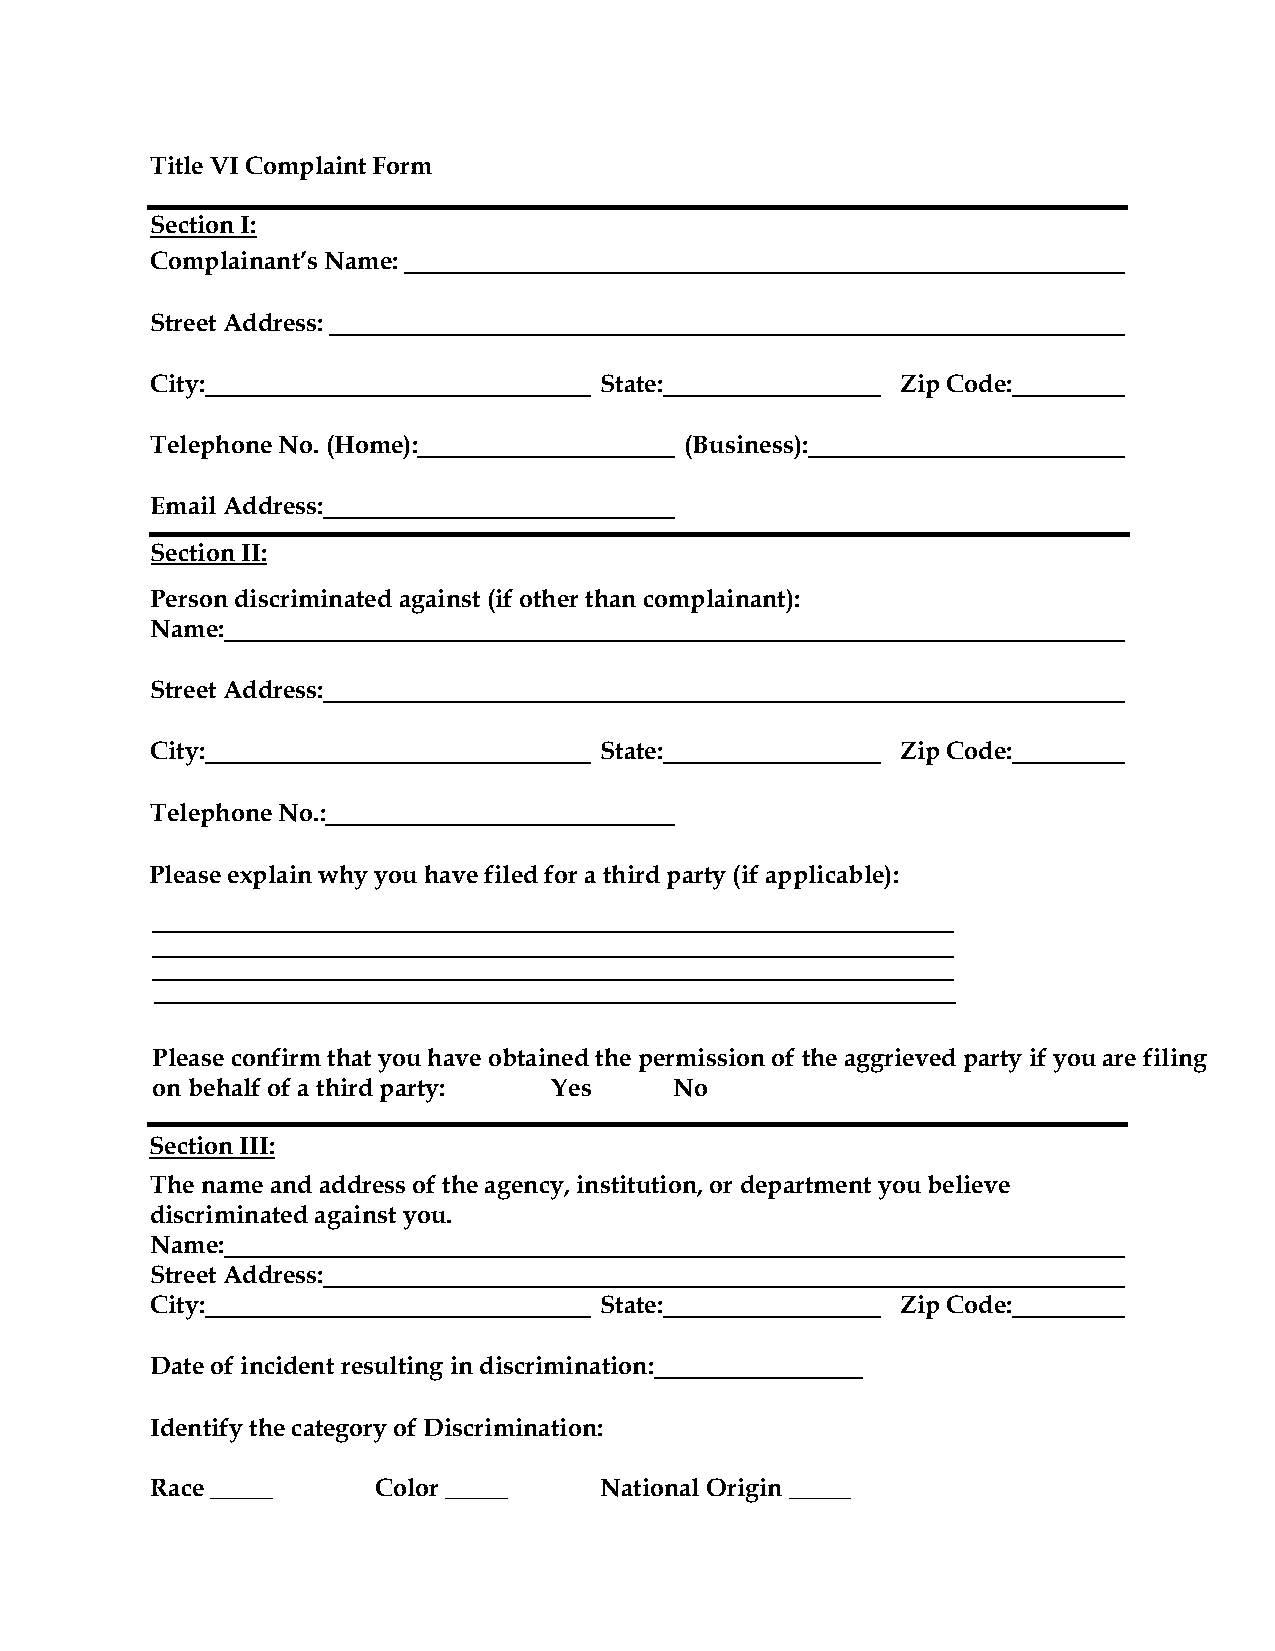
Title VI Complaint Form
 Section I:
 Complainant’s Name:
 Street Address:
 City:                         State:              Zip Code:
 Telephone No. (Home):              (Business):
 Email Address:
 Section II:
 Person discriminated against (if other than complainant):
 Name:
 Street Address:
 City:                         State:              Zip Code:
 Telephone No.:
 Please explain why you have filed for a third party (if applicable):
 Please confirm that you have obtained the permission of the aggrieved party if you are filing
 on behalf of a third party: Yes    No
 Section III:
 The name and address of the agency, institution, or department you believe
 discriminated against you.
 Name:
 Street Address:
 City:                         State:              Zip Code:
 Date of incident resulting in discrimination:
 Identify the category of Discrimination:
 Race _____     Color _____    National Origin _____